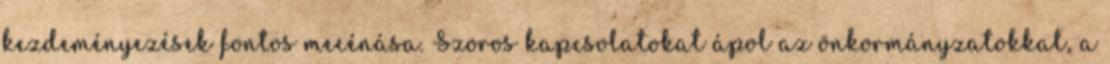
kezdeményezések fontos mecénása. Szoros kapcsolatokat ápol az önkormányzatokkal, a